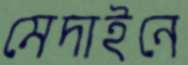
মেদাইনে